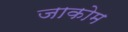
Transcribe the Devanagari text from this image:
जाकोम